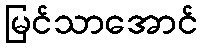
မြင်သာအောင်